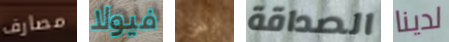
مصارف فيولا الرفض الصداقة لدينا